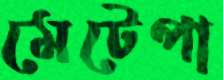
মেটেপা